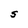
Character: S